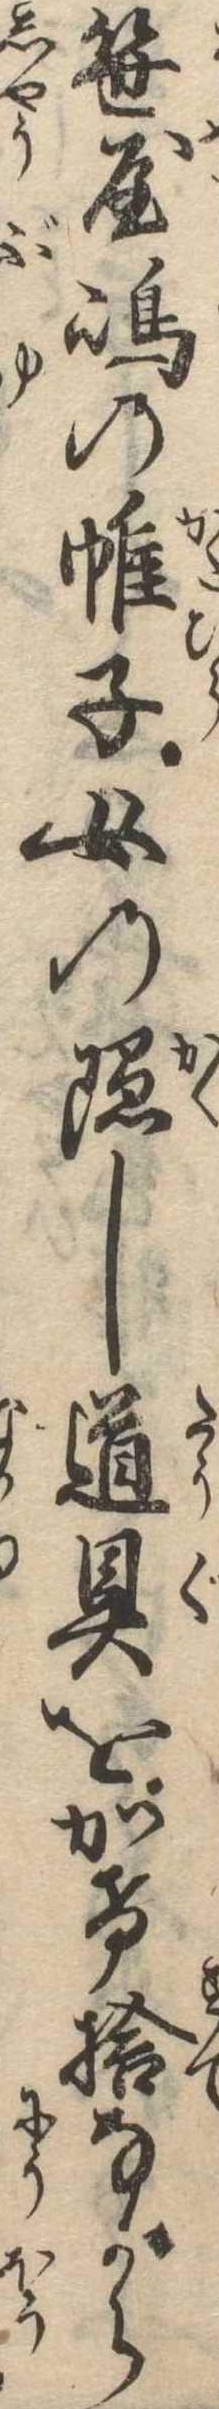
笹屋島の帷子女の隠し道具をかけ捨ながら